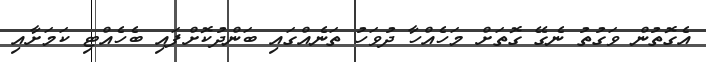
އެގޮތުން ވަގުތު ނެގޭ ގޮތަށް މަހެއްހާ ދުވަހު ތަނެއްގައި ބަންދުކޮށްފައި ބެހެއްޓި ކަމަށާއި